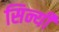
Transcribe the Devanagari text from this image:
सिन्यी